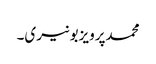
محمدپرویزبونیری۔